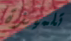
تلميذة